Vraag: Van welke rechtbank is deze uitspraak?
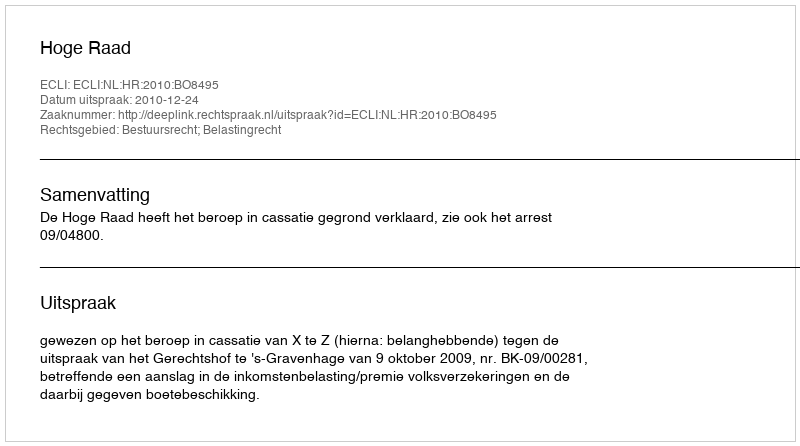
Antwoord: Hoge Raad